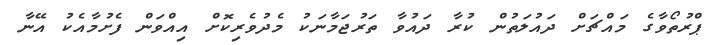
ޕްރުތޯވާގެ މައްޗަށް ދައުލަތުން ކުރާ ދައުވާ ތަރުޖަމާނަކު މެދުވެރިކޮށް އިއްވަން ފެށުމާއެކު އޭނާ